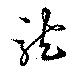
龍